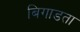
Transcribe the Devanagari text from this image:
बिगाडता